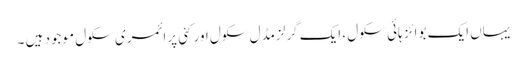
یہاں ایک بوائز ہائی سکول ، ایک گرلزمڈل سکول اور کئی پرائمری سکول موجود ہیں ۔